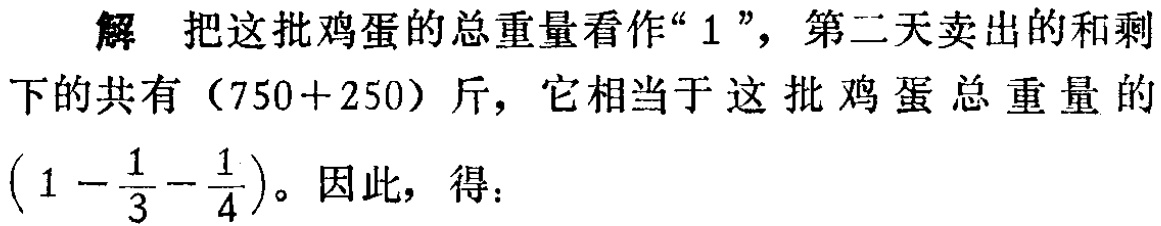
解 把这批鸡蛋的总重量看作“$1$”，第二天卖出的和剩下的共有$(750 + 250)$斤，它相当于这批鸡蛋总重量的$\left(1 - \dfrac{1}{3} - \dfrac{1}{4}\right)$。因此，得：